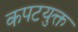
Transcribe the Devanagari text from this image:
कपटयुक्त